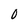
Character: 0